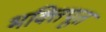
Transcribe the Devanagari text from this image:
भक्तिपूत